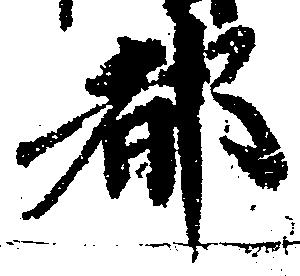
都